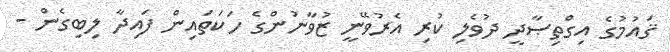
ޤައުމުގެ އިގްތިޞާދީ ދުވެލި ކުރި އެރުވޭނީ ޒުވާނުންގެ ހަކަތައިން ފައިދާ ލިބިގެންް -